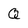
Character: Q